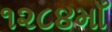
૧૨૮૪માઁ